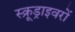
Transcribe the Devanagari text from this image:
स्क्रूड्राइवरों